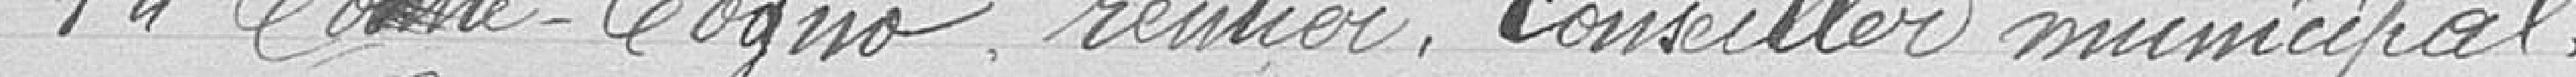
Premier : Comte-Cogno, rentier, conseiller municipal